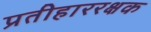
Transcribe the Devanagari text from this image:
प्रतीहाररक्षक